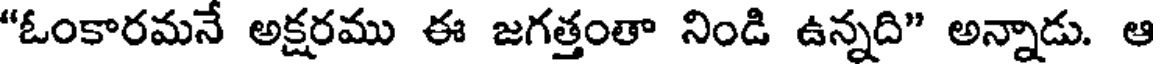
"ఓంకారమనే అక్షరము ఈ జగత్తంతా నిండి ఉన్నది" అన్నాడు. ఆ